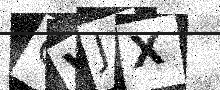
Text: OVJX